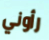
رأوني